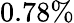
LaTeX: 0.78\%